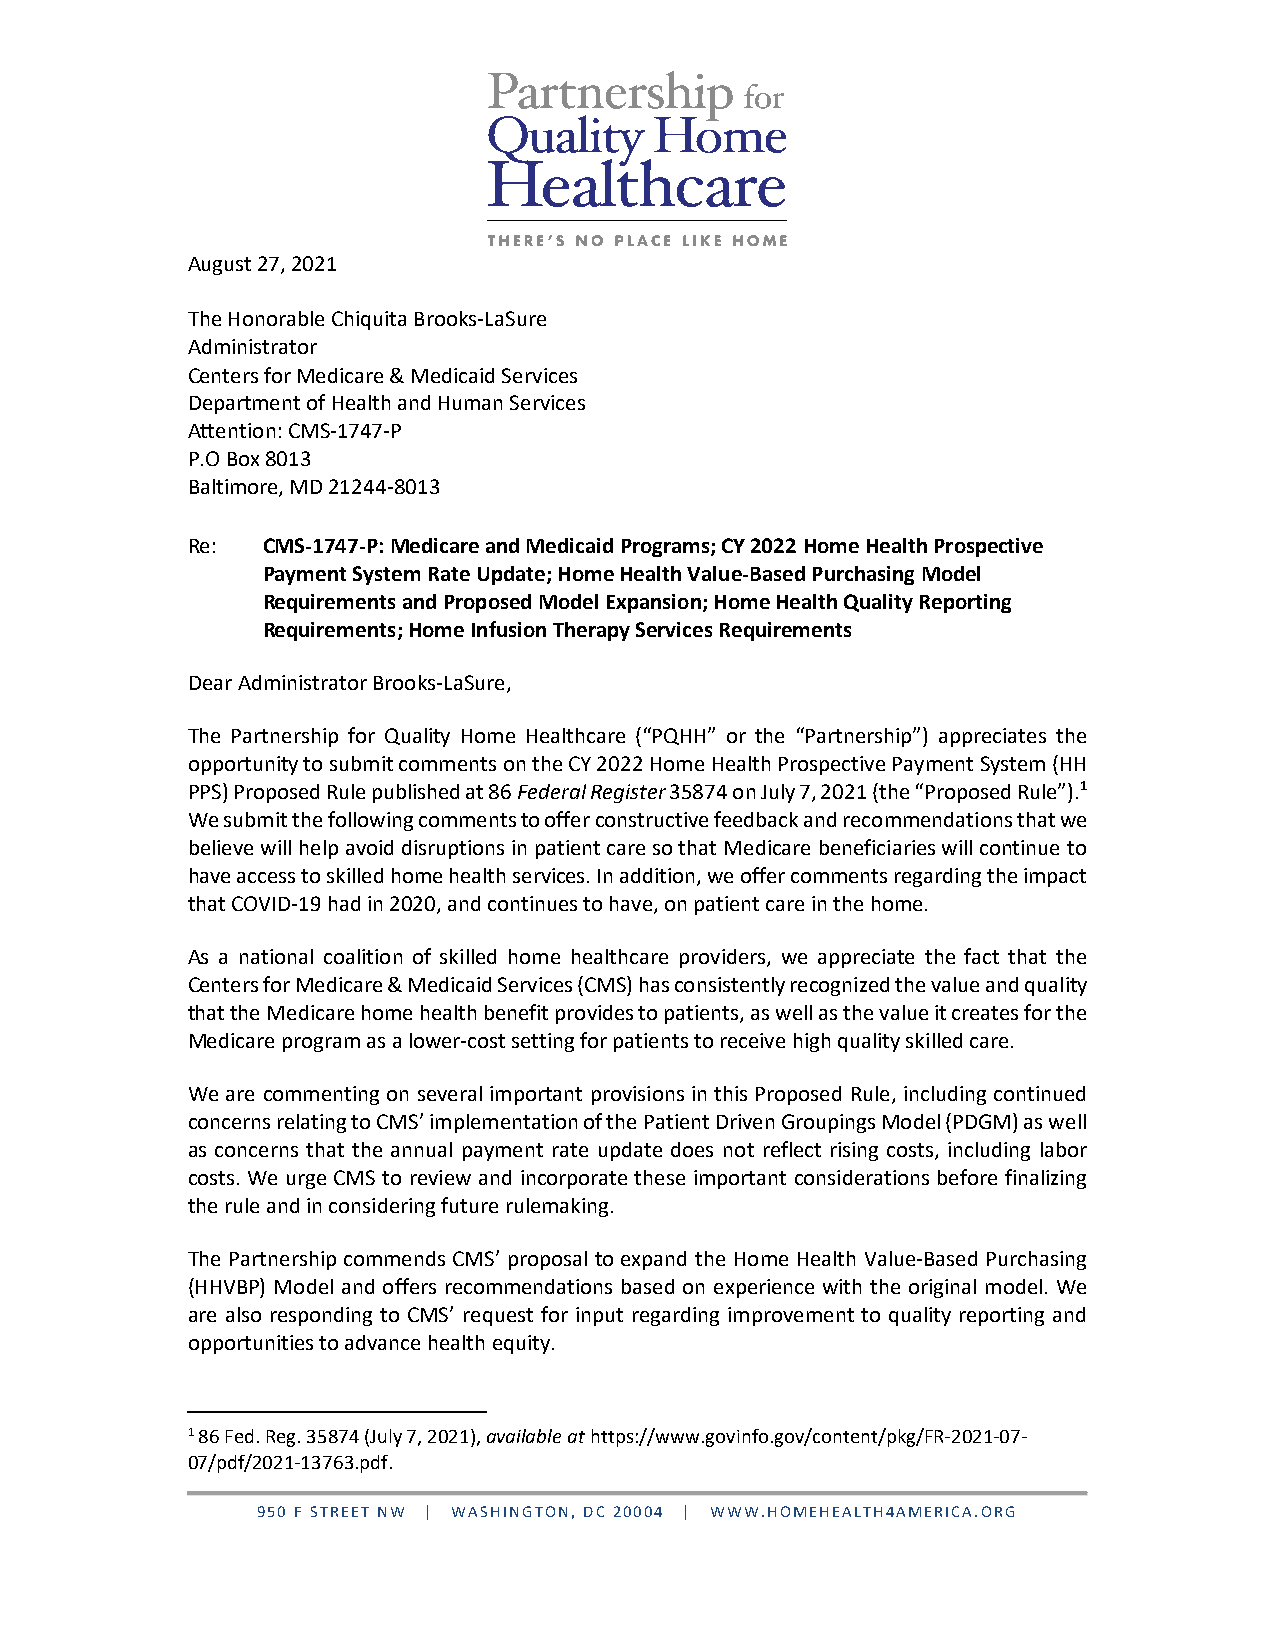
August 27, 2021
 The Honorable Chiquita Brooks-LaSure
 Administrator
 Centers for Medicare & Medicaid Services
 Department of Health and Human Services
 Attention: CMS-1747-P
 P.O Box 8013
 Baltimore, MD 21244-8013
 Re:  CMS-1747-P: Medicare and Medicaid Programs; CY 2022 Home Health Prospective
 Payment System Rate Update; Home Health Value-Based Purchasing Model
 Requirements and Proposed Model Expansion; Home Health Quality Reporting
 Requirements; Home Infusion Therapy Services Requirements
 Dear Administrator Brooks-LaSure,
 The Partnership for Quality Home Healthcare (“PQHH” or the “Partnership”) appreciates the
 opportunity to submit comments on the CY 2022 Home Health Prospective Payment System (HH
 PPS) Proposed Rule published at 86 Federal Register 35874 on July 7, 2021 (the “Proposed Rule”).1
 We submit the following comments to offer constructive feedback and recommendations that we
 believe will help avoid disruptions in patient care so that Medicare beneficiaries will continue to
 have access to skilled home health services. In addition, we offer comments regarding the impact
 that COVID-19 had in 2020, and continues to have, on patient care in the home.
 As a national coalition of skilled home healthcare providers, we appreciate the fact that the
 Centers for Medicare & Medicaid Services (CMS) has consistently recognized the value and quality
 that the Medicare home health benefit provides to patients, as well as the value it creates for the
 Medicare program as a lower-cost setting for patients to receive high quality skilled care.
 We are commenting on several important provisions in this Proposed Rule, including continued
 concerns relating to CMS’ implementation of the Patient Driven Groupings Model (PDGM) as well
 as concerns that the annual payment rate update does not reflect rising costs, including labor
 costs. We urge CMS to review and incorporate these important considerations before finalizing
 the rule and in considering future rulemaking.
 The Partnership commends CMS’ proposal to expand the Home Health Value-Based Purchasing
 (HHVBP) Model and offers recommendations based on experience with the original model. We
 are also responding to CMS’ request for input regarding improvement to quality reporting and
 opportunities to advance health equity.
 1 86 Fed. Reg. 35874 (July 7, 2021), available at https://www.govinfo.gov/content/pkg/FR-2021-07-
 07/pdf/2021-13763.pdf.
 950 F STREET NW | WASHINGTON, DC 20004 | WWW.HOMEHEALTH4AMERICA.ORG